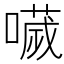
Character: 𡀌